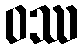
ဝဿ